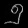
Digit: ၅